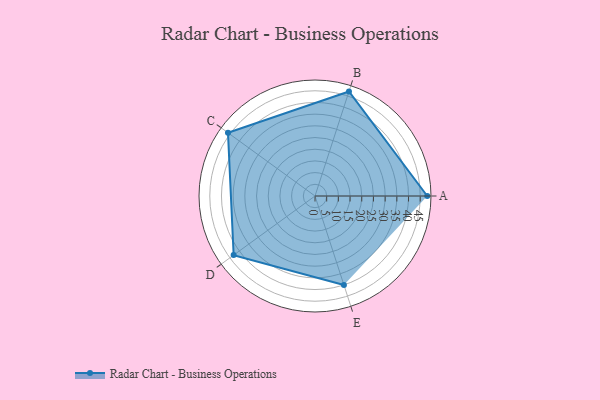
{"axis": {"x": "Skill", "y": "Score"}, "legend": ["Profile"], "data": [{"x": "A", "y": 48.0, "type": "Profile"}, {"x": "B", "y": 47.0, "type": "Profile"}, {"x": "C", "y": 46.0, "type": "Profile"}, {"x": "D", "y": 43.0, "type": "Profile"}, {"x": "E", "y": 40.0, "type": "Profile"}]}